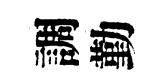
調勤